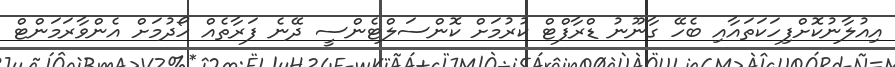
އިއުލާނުކޮށްފިހަކަތައާއި ބެހޭ ގާނޫނު ޑްރާފްޓް ކުރުމަށް ކޮންސަލްޓެންސީ ދޭނެ ފަރާތެއް ހޯދުމަށް އެންވާރަމަންޓް